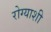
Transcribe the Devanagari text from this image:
रोग्याशी